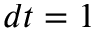
d t = 1